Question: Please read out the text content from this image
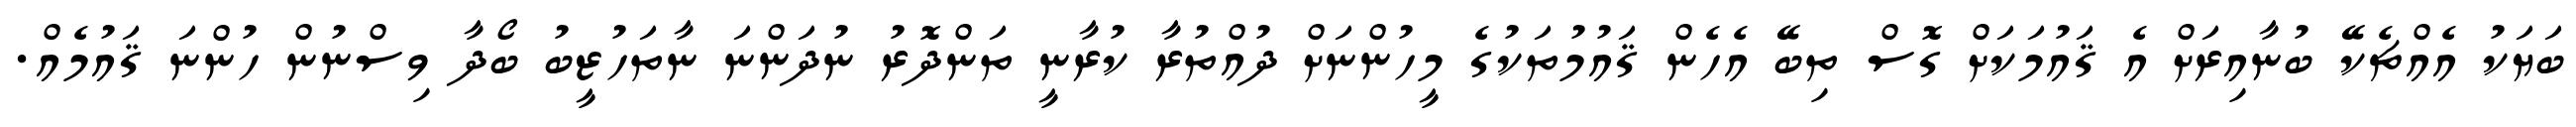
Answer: ބަޔަކު އެއްޗެކޭ ބުނާއިރަށް އެ ޤައުމަކަށް ގޮސް ތިބޭ އެހެން ޤައުމުތަކުގެ މީހުންނަށް ދުއްތުރާ ކުރާނީ ތަންދޮރު ނުދަންނަ ނާތަހުޒީބު ބޯދާ ވިސްނުން ހުންނަ ޤައުމެއް.